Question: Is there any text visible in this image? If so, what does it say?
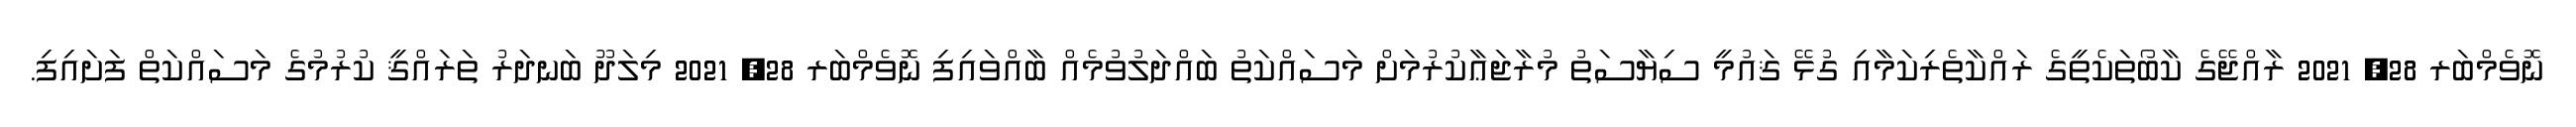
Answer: ނޮވެމްބަރ 28, 2021 ރާއްޖޭގެ ކާބޯތަކެތީގެ ރައްކާތެރިކަމާއި ގުޅޭ ޤައުމީ ސިޔާސަތު މުރާޖަޢާކުރުމަށް މަސައްކަތު ބައްދަލުވުމެއް ބާއްވައިފި ނޮވެމްބަރ 28, 2021 މިލަދޫ ބަނދަރު ތަރައްޤީ ކުރުމުގެ މަސައްކަތް ފަށައިފި.